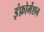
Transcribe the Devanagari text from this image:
इंफ़ोर्मेशन